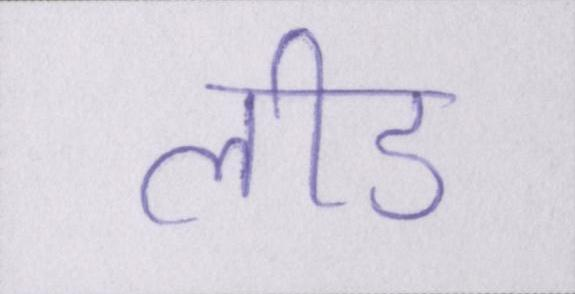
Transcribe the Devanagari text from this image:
लीड